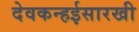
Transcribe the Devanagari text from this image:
देवकन्हईसारखी